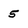
Character: 5